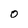
Character: O